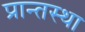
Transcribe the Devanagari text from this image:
प्रान्तस्था